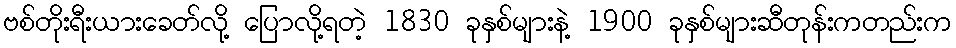
ဗစ်တိုးရီးယားခေတ်လို့ ပြောလို့ရတဲ့ 1830 ခုနှစ်များနဲ့ 1900 ခုနှစ်များဆီတုန်းကတည်းက